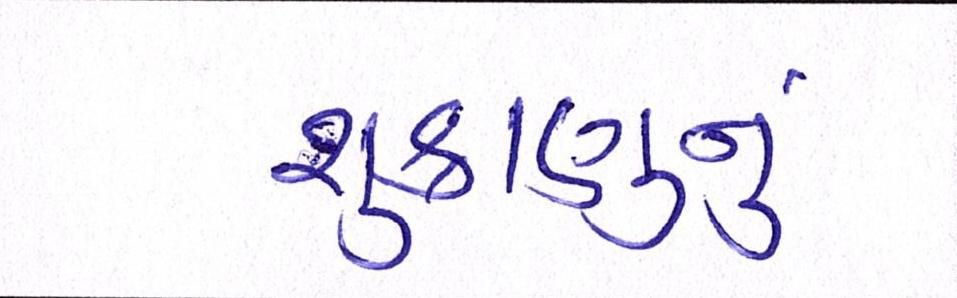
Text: શુક્રાણુનું